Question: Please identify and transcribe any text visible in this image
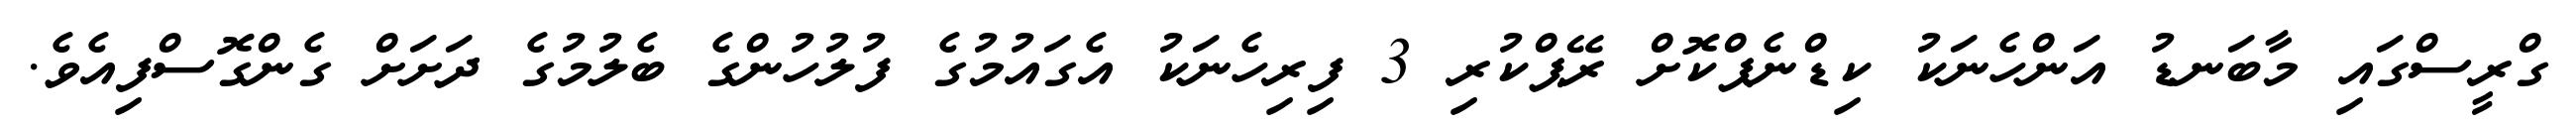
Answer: ގްރީސްގައި މާބަނޑު އަންހެނަކު ކިޑްނެޕްކޮށް ރޭޕްކުރި 3 ފިރިހެނަކު އެގައުމުގެ ފުލުހުންގެ ބެލުމުގެ ދަށަށް ގެންގޮސްފިއެވެ.